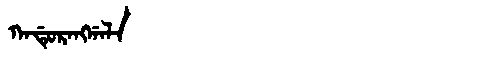
Manchu: ᡴᠠᡩᡠᡵᠠᠩᡤᠠᠯᠠ
Romanization: KADURANGGALA